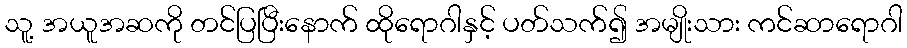
သူ့ အယူအဆကို တင်ပြပြီးနောက် ထိုရောဂါနှင့် ပတ်သက်၍ အမျိုးသား ကင်ဆာရောဂါ